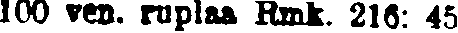
100 ven. ruplaa Rmk. 216: 45